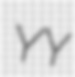
YY